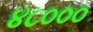
૪૮૦૦૦